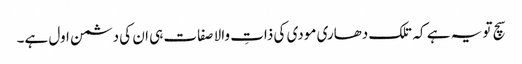
سچ تو یہ ہے کہ تلک دھاری مودی کی ذاتِ والا صفات ہی ان کی دشمن اول ہے۔